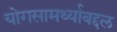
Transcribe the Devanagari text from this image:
योगसामर्थ्याबद्दल